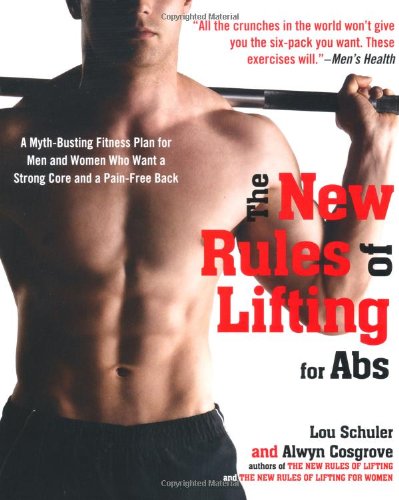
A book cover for The New Rules of Lifting for Abs: A Myth-Busting Fitness Plan for Men and Women who Want a Strong Core and a Pain- Free Back; Lou Schuler; Health, Fitness & Dieting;